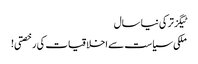
ٹیگزترکی نیا سال
ملکی سیاست سے اخلاقیات کی رخصتی!